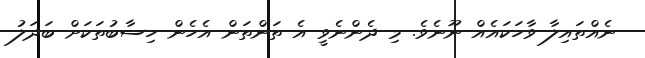
ނެއްތައިލާ ވާހަކައެއް ނޫނެވެ. މި ދެންނެވީ އެ ތަންތަން އެހެން ހިސާބުތަކަށް ބަދަލު